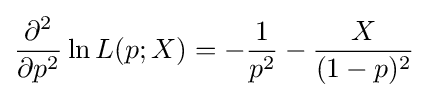
{\frac {\partial ^{2}}{\partial p^{2}}}\ln L(p;X)=-{\frac {1}{p^{2}}}-{\frac {X}{(1-p)^{2}}}